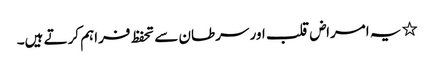
٭ یہ امراض قلب اور سرطان سے تحفظ فراہم کرتے ہیں۔